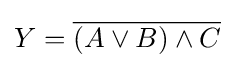
Y={\overline {(A\lor B)\land C}}